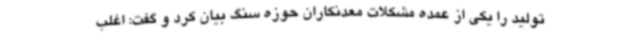
تولید را یکی از عمده مشکلات معدنکاران حوزه سنگ بیان کرد و گفت: اغلب